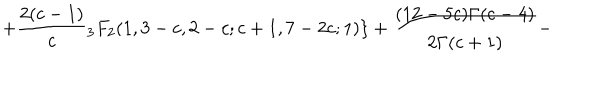
LaTeX: + \frac { 2 ( c - 1 ) } { c } { } _ { 3 } F _ { 2 } ( 1 , 3 - c , 2 - c ; c + 1 , 7 - 2 c ; 1 ) \} + \frac { ( 1 2 - 5 c ) \Gamma ( c - 4 ) } { 2 \Gamma ( c + 1 ) } -